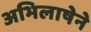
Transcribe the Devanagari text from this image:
अभिलाषेने